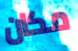
مكان